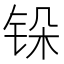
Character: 𬭆